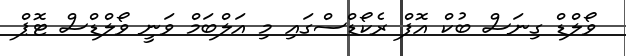
ވޯލްޑް ގިނަސް ބުކް އޮފް ރެކޯޑްސްގައި މި އަލްބަމް ވަނީ ވޯލްޑްސް ޓޮޕް